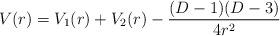
LaTeX: \begin{align*}V(r)=V_1(r)+V_2(r)-\frac{(D-1)(D-3)}{4r^2}\end{align*}